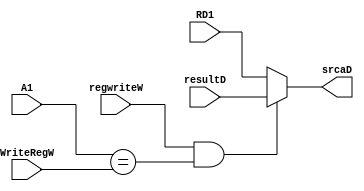
module muxRD1 (
    input[31:0] resultD,
    input[31:0] RD1,
    input regwriteW,
    input[4:0] A1,
    input[4:0] WriteRegW,
    output[31:0] srcaD
);
    assign srcaD = regwriteW && A1 == WriteRegW ? resultD : RD1;  
endmodule

module muxRD2 (
    input[31:0] resultD,
    input[31:0] RD2,
    input regwriteW,
    input[4:0] B1,
    input[4:0] WriteRegW,
    output[31:0] srcaD
);
    assign srcaD = regwriteW && B1 == WriteRegW ? resultD : RD2;  
endmodule

module flushD_module (
    input jrD,
    input pcsrcD,
    input jumpD,
    input ErrorFlush,
    output reg flushD
);
    always @(*) begin
        flushD = jrD | pcsrcD | jumpD | ErrorFlush;
    end
endmodule





module mux_jalr (
    input[4:0] cur_rs,
    input[4:0] WriteRegE,
    input[31:0] PCplusE,
    input[4:0] WriteRegM,
    input[31:0] PCplusM,
    input[31:0] srcaD,
    input jalrD,
    output[31:0] forward_gpr_rs
);
    assign forward_gpr_rs = jalrD && (cur_rs == WriteRegM || cur_rs == WriteRegE ) ? ((cur_rs == WriteRegE) ? PCplusE : PCplusM) :srcaD;
endmodule

module mux_hi_out (
    input hiwriteW,
    input[31:0] Res_hiW,
    input[31:0] hiout,
    output[31:0] real_hiout
);
    assign real_hiout = hiwriteW ? Res_hiW : hiout;
endmodule

module mux_lo_out (
    input lowriteW,
    input[31:0] Res_loW,
    input[31:0] loout,
    output[31:0] real_loout
);
    assign real_loout = lowriteW ? Res_loW : loout;
endmodule